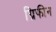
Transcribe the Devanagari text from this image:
ग्रिफीन